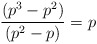
\begin{align*}\frac{(p^3-p^2)}{(p^2-p)} = p\end{align*}